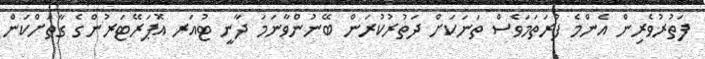
ފަތުރުވެރިން އެންމެ ފުރަތަމަވެސް ތަނަކަށް ދަތުރުކުރަން ބޭނުންވާނަމަ ދާނީ ޓުއަރ އޮޕަރޭޓަރުންގެ ގާތަށްކަން